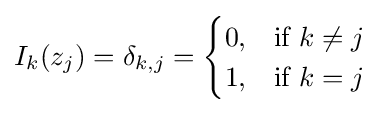
I_{k}(z_{j})=\delta _{k,j}={\begin{cases}0,&{\text{if }}k\neq j\\1,&{\text{if }}k=j\end{cases}}